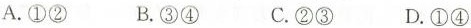
A.①② B.③④ C.②③ D.①④